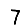
Digit: 7